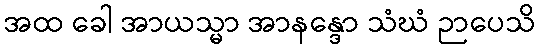
အထ ခေါ အာယသ္မာ အာနန္ဒော သံဃံ ဉာပေသိ